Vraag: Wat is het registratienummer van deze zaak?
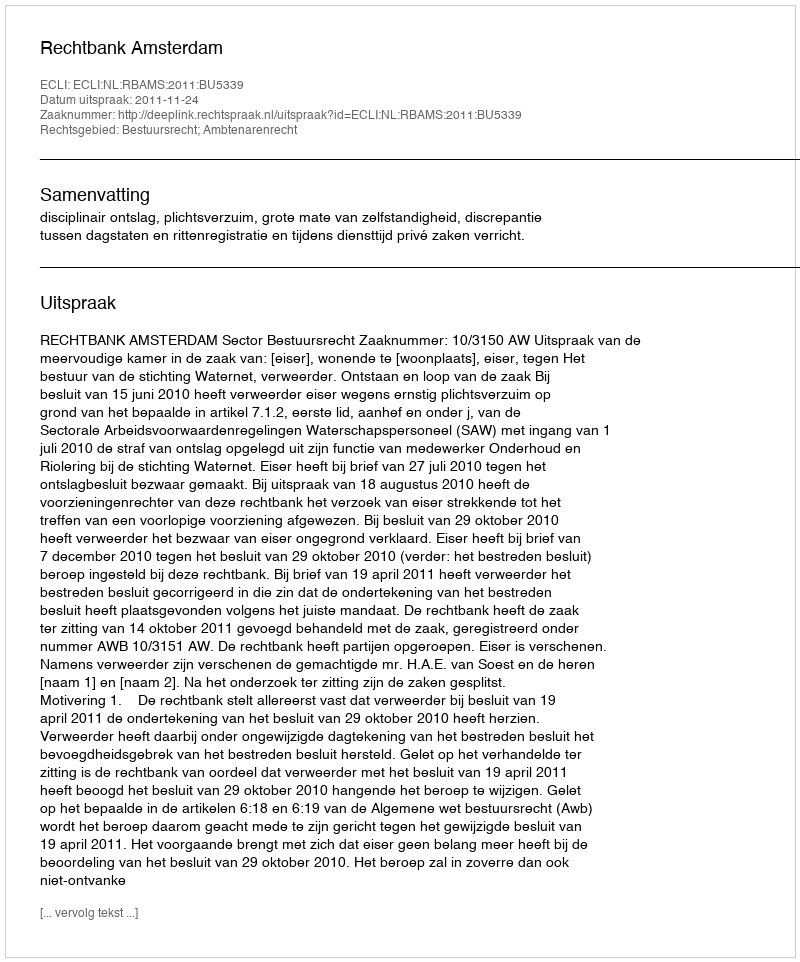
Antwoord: http://deeplink.rechtspraak.nl/uitspraak?id=ECLI:NL:RBAMS:2011:BU5339